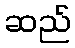
ဆည်